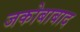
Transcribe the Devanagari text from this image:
जकोबाबाद